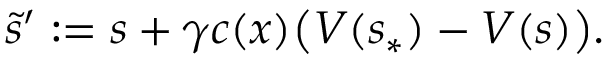
\tilde { s } ^ { \prime } : = s + \gamma c ( x ) \bigl ( V ( s _ { \ast } ) - V ( s ) \bigr ) .